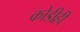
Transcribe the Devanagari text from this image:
कोडीही